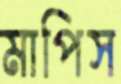
মাপিস